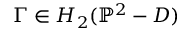
\Gamma \in H _ { 2 } ( \mathbb { P } ^ { 2 } - D )